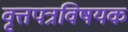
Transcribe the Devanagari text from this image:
वृत्तपत्रविषयक